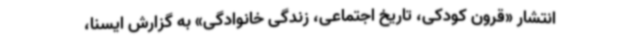
انتشار «قرون کودکی، تاریخ اجتماعی، زندگی خانوادگی» به گزارش ایسنا،